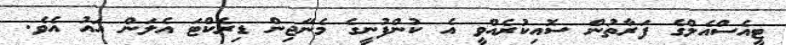
ޓީއެސްއެލްގެ ފަރާތުން ސޮއިކުރެއްވީ އެ ކުންފުނީގެ މެނޭޖިން ޑިރެކްޓަ އެލަން އައު އެވެ.